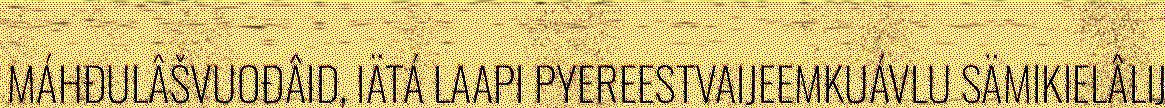
MÁHĐULÂŠVUOĐÂID, IÄTÁ LAAPI PYEREESTVAIJEEMKUÁVLU SÄMIKIELÂLIJ